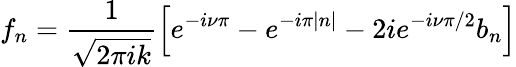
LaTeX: f_{n}=\frac{1}{\sqrt{2\pi ik}}\left[e^{-i\nu\pi}-e^{-i\pi|n|}-2ie^{-i\nu\pi/2}b_{n}\right]